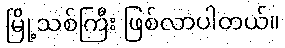
မြို့သစ်ကြီး ဖြစ်လာပါတယ်။